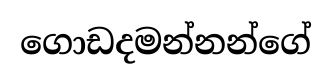
ගොඩදමන්නන්ගේ